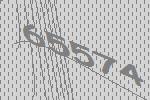
65574